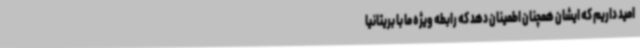
امید داریم که ایشان همچنان اطمینان دهد که رابطه ویژه ما با بریتانیا